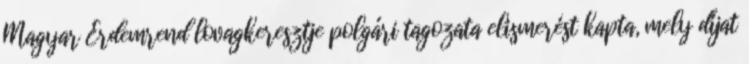
Magyar Érdemrend lovagkeresztje polgári tagozata elismerést kapta, mely díjat